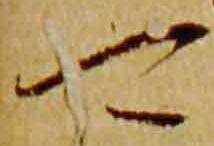
可